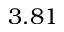
3 . 8 1